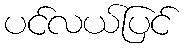
ပင်လယ်ပြင်